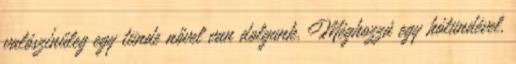
valószínűleg egy tünde nővel van dolgunk. Méghozzá egy hótündével.